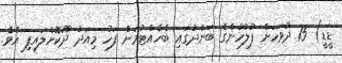
ޑީޑީ) 15 ދުވަހަށް ފުލުހުންގެ ބަންދުގައި ބެހެއްޓުމަށް ފަހު މިއަދު ދޫކޮށްލައިފި އެވެ.